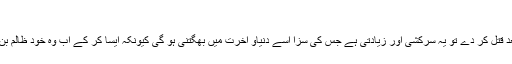
(ابن کثیر)
اور اگر کوئی قبول دیت کے بعد یا اخذ دیت کے بعد قتل کر دے تو یہ سرکشی اور زیادتی ہے جس کی سزا اسے دنیاو آخرت میں بھگتنی ہو گی کیونکہ ایسا کر کے اب وہ خود ظالم بن گیا ہے، اس لئے اب وہ سزا کا مستحق ہو گیا ہے۔